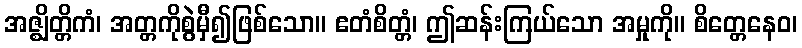
အဇ္ဈိတ္တိကံ၊ အတ္တကိုစွဲမှီ၍ဖြစ်သော။ ဧတံစိတ္တံ၊ ဤဆန်းကြယ်သော အမှုကို။ စိတ္တေနေဝ၊